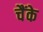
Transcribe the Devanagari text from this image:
चैंके